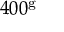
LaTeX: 4 0 0 ^ { \mathrm { g } }